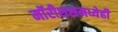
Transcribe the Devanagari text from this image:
मॉरीशसमध्येही